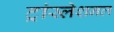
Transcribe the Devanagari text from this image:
ट्रांस्लेशनल